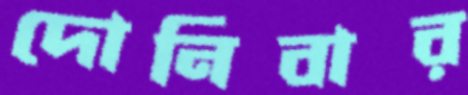
দোনিবার